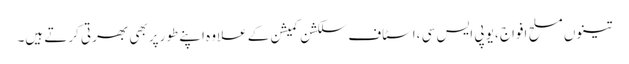
تینوں مسلح افواج ،یو پی ایس سی ،اسٹاف سلکشن کمیشن کے علاوہ اپنے طورپر بھی بھرتی کرتے ہیں۔